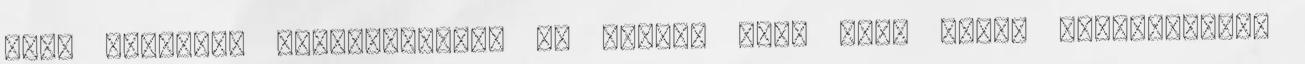
hogy legalább szórakoztatja az ötlet, mert Tris kissé sértődöttnek